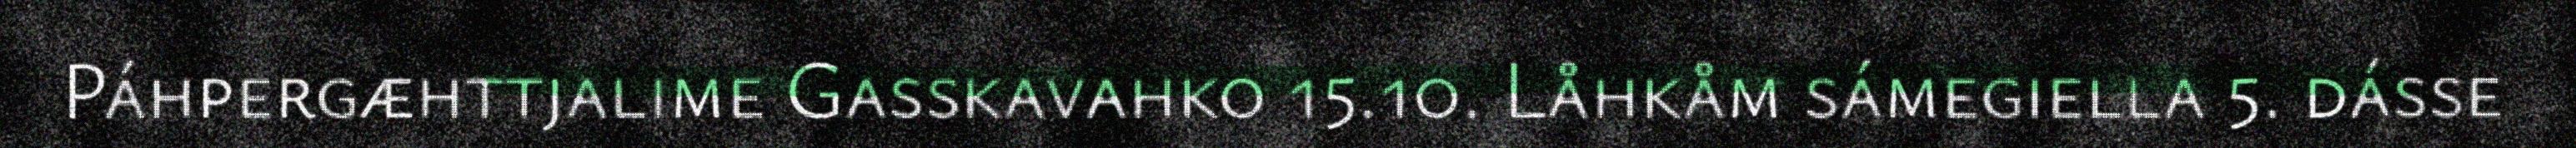
Páhpergæhttjalime Gasskavahko 15.10. Låhkåm sámegiella 5. dásse